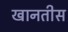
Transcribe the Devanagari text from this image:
खानतीस